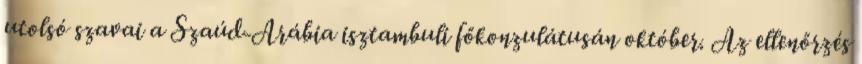
utolsó szavai a Szaúd-Arábia isztambuli főkonzulátusán október. Az ellenőrzés